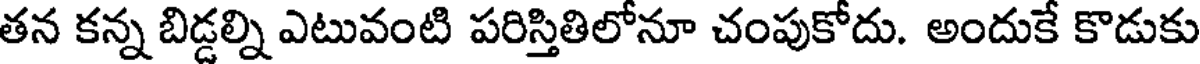
తన కన్న బిడ్డల్ని ఎటువంటి పరిస్తితిలోనూ చంపుకోదు. అందుకే కొడుకు